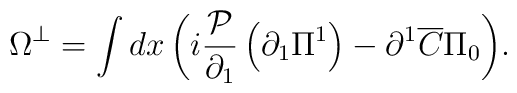
\Omega ^ \bot   = \int {dx\left( {i\frac{{\cal P}}{{\partial _1}}\left( {\partial _1 \Pi ^1 } \right) - \partial ^1 \overline C\Pi _0 } \right)}.